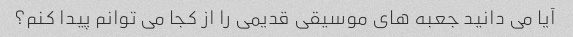
آیا می دانید جعبه های موسیقی قدیمی را از کجا می توانم پیدا کنم؟